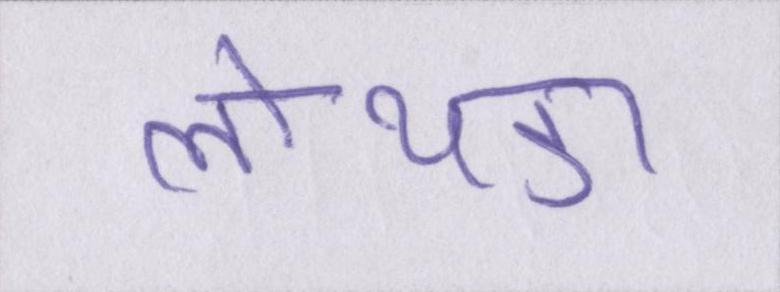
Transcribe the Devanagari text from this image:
लोथडा